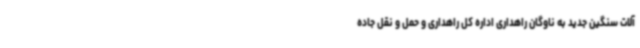
آلات سنگین جدید به ناوگان راهداری اداره کل راهداری و حمل و نقل جاده